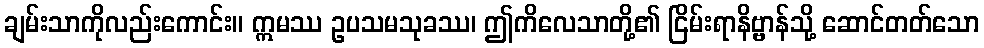
ချမ်းသာကိုလည်းကောင်း။ ဣမဿ ဥပသမသုခဿ၊ ဤကိလေသာတို့၏ ငြိမ်းရာနိဗ္ဗာန်သို့ ဆောင်တတ်သော